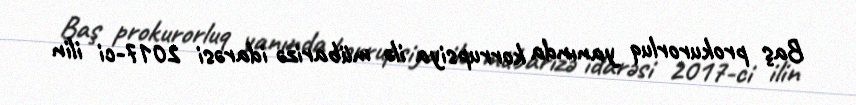
Baş prokurorluq yanında korrupsiya ilə mübarizə idarəsi 2017-ci ilin